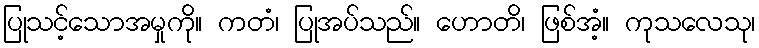
ပြုသင့်သောအမှုကို။ ကတံ၊ ပြုအပ်သည်။ ဟောတိ၊ ဖြစ်အံ့။ ကုသလေသု၊